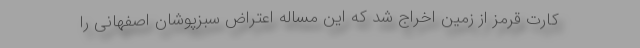
کارت قرمز از زمین اخراج شد که این مساله اعتراض سبزپوشان اصفهانی را